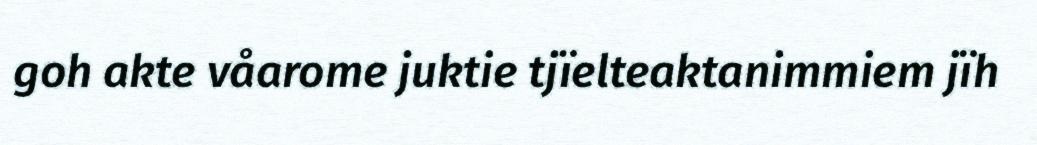
goh akte våarome juktie tjïelteaktanimmiem jïh